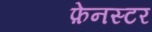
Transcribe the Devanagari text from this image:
फ़ेनस्टर